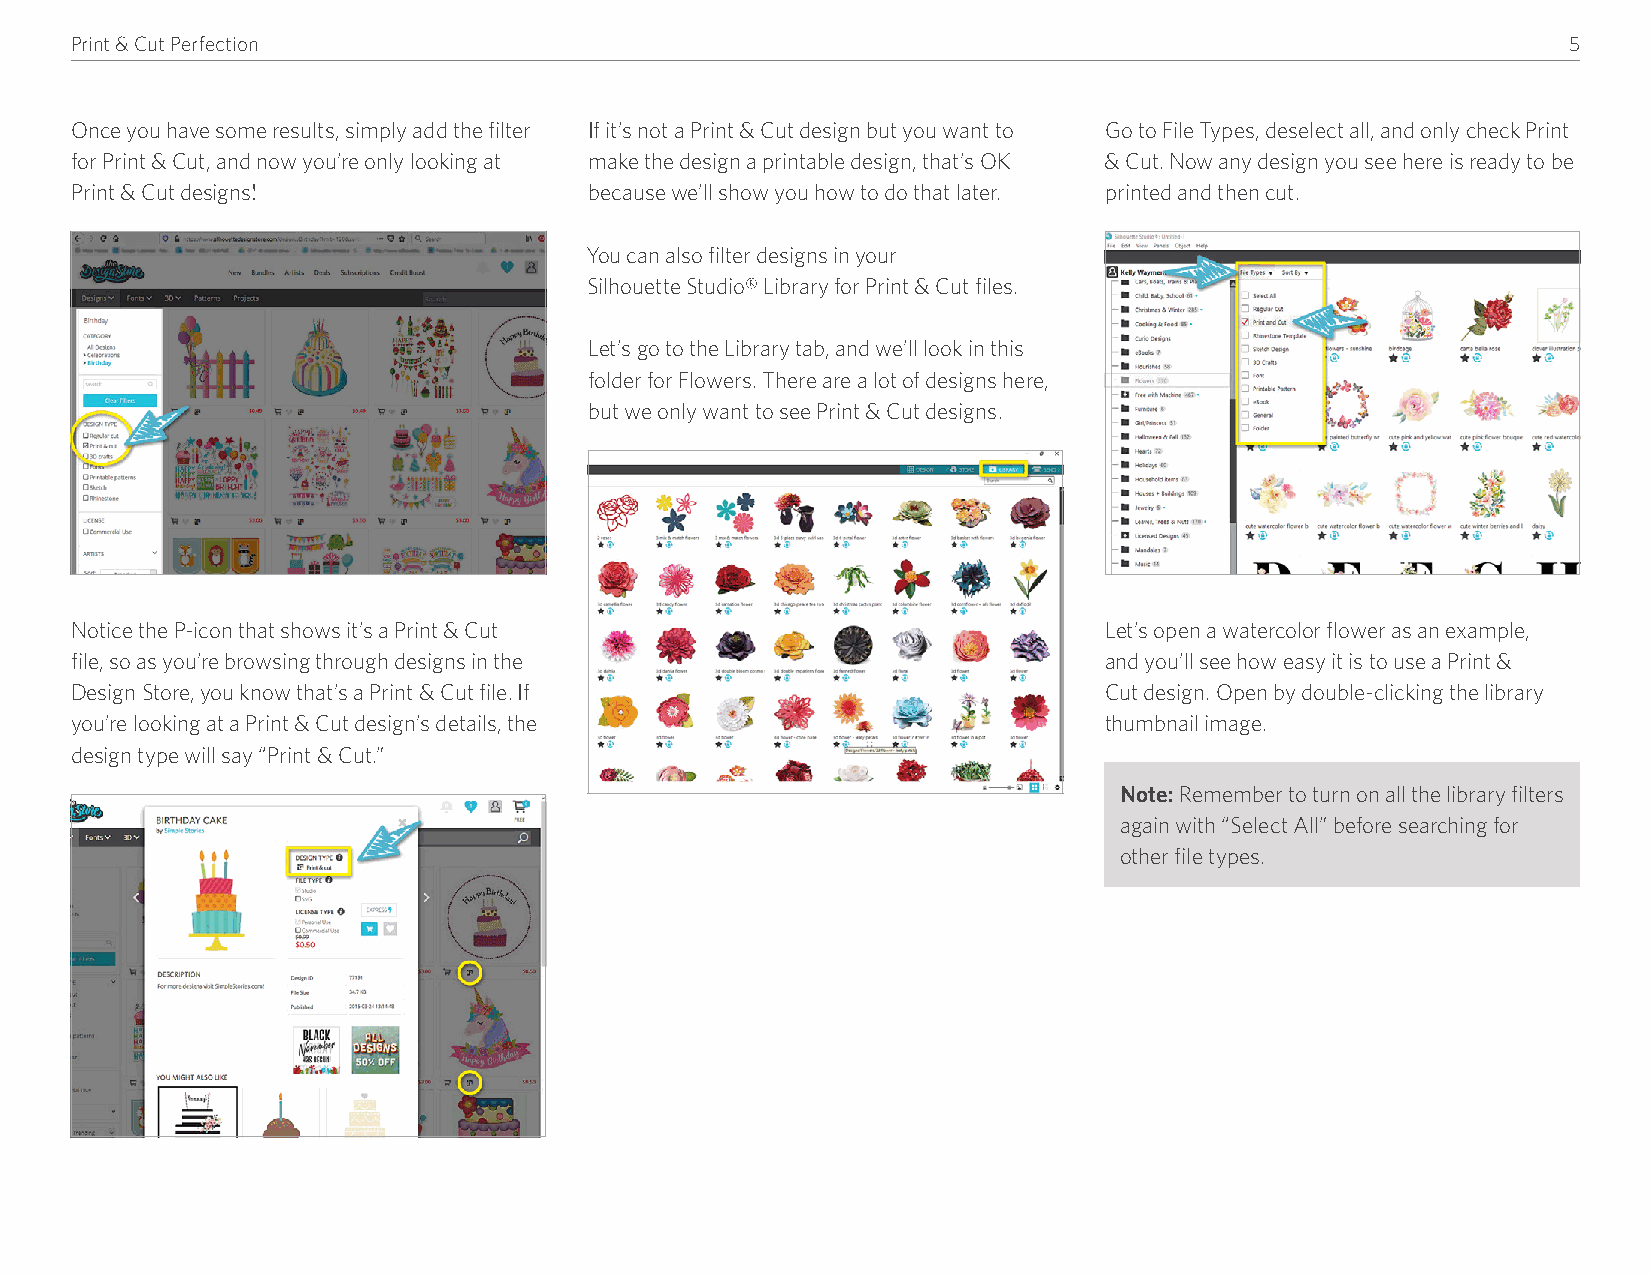
Print & Cut Perfection                                                                             5
 Once you have some results, simply add the filter If it’s not a Print & Cut design but you want to Go to File Types, deselect all, and only check Print
 for Print & Cut, and now you’re only looking at make the design a printable design, that’s OK & Cut� Now any design you see here is ready to be
 Print & Cut designs!              because we’ll show you how to do that later� printed and then cut�
 You can also filter designs in your
 Silhouette Studio® Library for Print & Cut files�
 Let’s go to the Library tab, and we’ll look in this
 folder for Flowers� There are a lot of designs here,
 but we only want to see Print & Cut designs�
 Notice the P-icon that shows it’s a Print & Cut                     Let’s open a watercolor flower as an example,
 file, so as you’re browsing through designs in the                  and you’ll see how easy it is to use a Print &
 Design Store, you know that’s a Print & Cut file� If                Cut design� Open by double-clicking the library
 you’re looking at a Print & Cut design’s details, the               thumbnail image�
 design type will say “Print & Cut�”
 Note: Remember to turn on all the library filters
 again with “Select All” before searching for
 other file types�